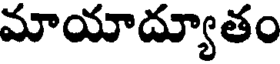
మాయాద్యూతం